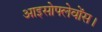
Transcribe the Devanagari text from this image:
आइसोफ्लेवोंस।